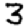
Digit: 3